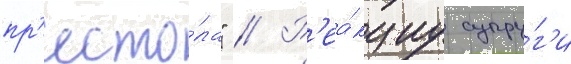
пр'есто́ла" // Р'еа́кциу супру́г'и